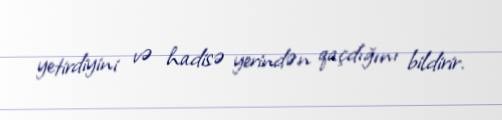
yetirdiyini və hadisə yerindən qaçdığını bildirir.